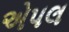
એપલ